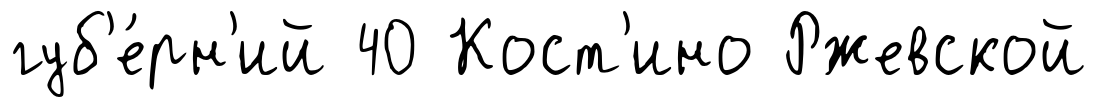
губ'е́рн'ий 40 Кост'ино Ржевской